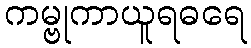
ကမ္ဗုကာယူရဓရေ